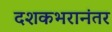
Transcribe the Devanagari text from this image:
दशकभरानंतर